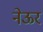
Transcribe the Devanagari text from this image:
नेऊर